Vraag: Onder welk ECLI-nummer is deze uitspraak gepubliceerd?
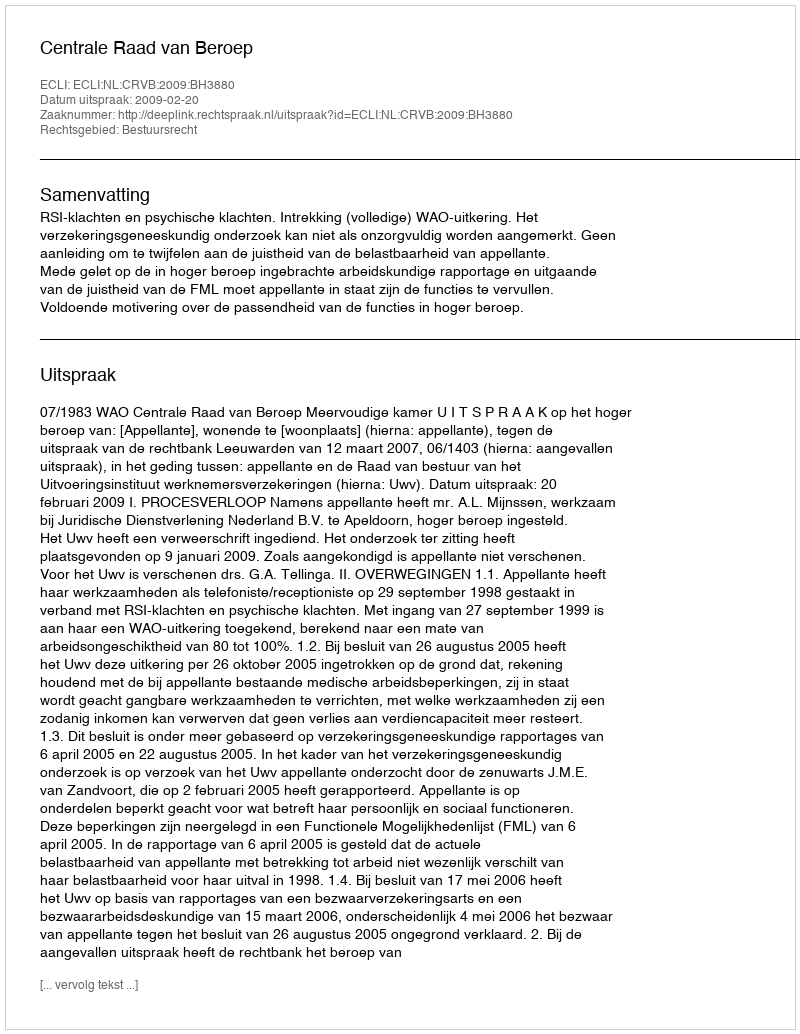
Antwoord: ECLI:NL:CRVB:2009:BH3880